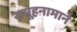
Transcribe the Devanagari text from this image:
समूहनामाने